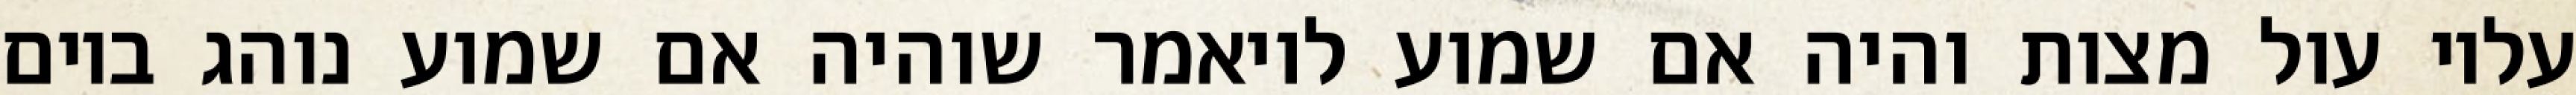
עליו עול מצות והיה אם שמוע לויאמר שוהיה אם שמוע נוהג ביום